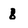
Character: 8